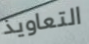
التعاويذ